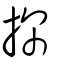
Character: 探